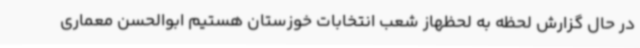
در حال گزارش لحظه به لحظهاز شعب انتخابات خوزستان هستیم ابوالحسن معماری